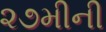
૨૭મીની